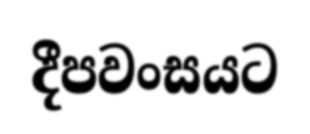
දීපවංසයට